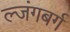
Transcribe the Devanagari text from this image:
ल्जंगबर्ग